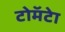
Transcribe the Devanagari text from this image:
टोमॅटेा